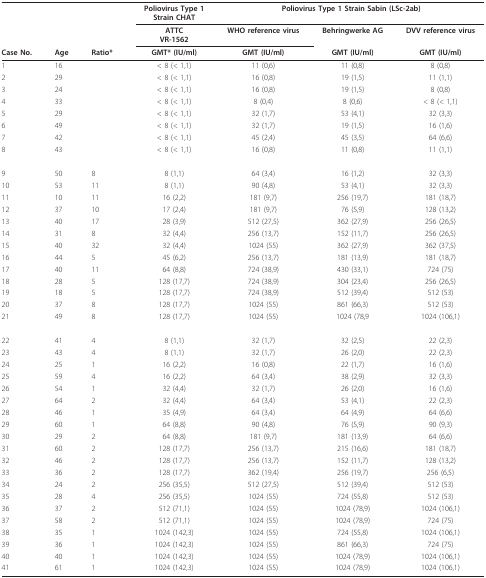
<table><thead><tr><td></td><td></td><td></td><td><b>Poliovirus Type 1Strain CHAT</b></td><td colspan="3"><b>Poliovirus Type 1 Strain Sabin (LSc-2ab)</b></td></tr><tr><td></td><td></td><td></td><td><b>ATTCVR-1562</b></td><td><b>WHO reference virus</b></td><td><b>Behringwerke AG</b></td><td><b>DVV reference virus</b></td></tr><tr><td><b>Case No.</b></td><td><b>Age</b></td><td><b>Ratio*</b></td><td><b>GMT* (IU/ml)</b></td><td><b>GMT (IU/ml)</b></td><td><b>GMT (IU/ml)</b></td><td><b>GMT (IU/ml)</b></td></tr></thead><tbody><tr><td>1</td><td>16</td><td></td><td>&lt; 8 (&lt; 1,1)</td><td>11 (0,6)</td><td>11 (0,8)</td><td>8 (0,8)</td></tr><tr><td>2</td><td>29</td><td></td><td>&lt; 8 (&lt; 1,1)</td><td>16 (0,8)</td><td>19 (1,5)</td><td>11 (1,1)</td></tr><tr><td>3</td><td>24</td><td></td><td>&lt; 8 (&lt; 1,1)</td><td>16 (0,8)</td><td>19 (1,5)</td><td>8 (0,8)</td></tr><tr><td>4</td><td>33</td><td></td><td>&lt; 8 (&lt; 1,1)</td><td>8 (0,4)</td><td>8 (0,6)</td><td>&lt; 8 (&lt; 1,1)</td></tr><tr><td>5</td><td>29</td><td></td><td>&lt; 8 (&lt; 1,1)</td><td>32 (1,7)</td><td>53 (4,1)</td><td>32 (3,3)</td></tr><tr><td>6</td><td>49</td><td></td><td>&lt; 8 (&lt; 1,1)</td><td>32 (1,7)</td><td>19 (1,5)</td><td>16 (1,6)</td></tr><tr><td>7</td><td>42</td><td></td><td>&lt; 8 (&lt; 1,1)</td><td>45 (2,4)</td><td>45 (3,5)</td><td>64 (6,6)</td></tr><tr><td>8</td><td>43</td><td></td><td>&lt; 8 (&lt; 1,1)</td><td>16 (0,8)</td><td>11 (0,8)</td><td>11 (1,1)</td></tr><tr><td>9</td><td>50</td><td>8</td><td>8 (1,1)</td><td>64 (3,4)</td><td>16 (1,2)</td><td>32 (3,3)</td></tr><tr><td>10</td><td>53</td><td>11</td><td>8 (1,1)</td><td>90 (4,8)</td><td>53 (4,1)</td><td>32 (3,3)</td></tr><tr><td>11</td><td>10</td><td>11</td><td>16 (2,2)</td><td>181 (9,7)</td><td>256 (19,7)</td><td>181 (18,7)</td></tr><tr><td>12</td><td>37</td><td>10</td><td>17 (2,4)</td><td>181 (9,7)</td><td>76 (5,9)</td><td>128 (13,2)</td></tr><tr><td>13</td><td>40</td><td>17</td><td>28 (3,9)</td><td>512 (27,5)</td><td>362 (27,9)</td><td>256 (26,5)</td></tr><tr><td>14</td><td>31</td><td>8</td><td>32 (4,4)</td><td>256 (13,7)</td><td>152 (11,7)</td><td>256 (26,5)</td></tr><tr><td>15</td><td>40</td><td>32</td><td>32 (4,4)</td><td>1024 (55)</td><td>362 (27,9)</td><td>362 (37,5)</td></tr><tr><td>16</td><td>44</td><td>5</td><td>45 (6,2)</td><td>256 (13,7)</td><td>181 (13,9)</td><td>181 (18,7)</td></tr><tr><td>17</td><td>40</td><td>11</td><td>64 (8,8)</td><td>724 (38,9)</td><td>430 (33,1)</td><td>724 (75)</td></tr><tr><td>18</td><td>28</td><td>5</td><td>128 (17,7)</td><td>724 (38,9)</td><td>304 (23,4)</td><td>256 (26,5)</td></tr><tr><td>19</td><td>18</td><td>5</td><td>128 (17,7)</td><td>724 (38,9)</td><td>512 (39,4)</td><td>512 (53)</td></tr><tr><td>20</td><td>37</td><td>8</td><td>128 (17,7)</td><td>1024 (55)</td><td>861 (66,3)</td><td>512 (53)</td></tr><tr><td>21</td><td>49</td><td>8</td><td>128 (17,7)</td><td>1024 (55)</td><td>1024 (78,9</td><td>1024 (106,1)</td></tr><tr><td>22</td><td>41</td><td>4</td><td>8 (1,1)</td><td>32 (1,7)</td><td>32 (2,5)</td><td>22 (2,3)</td></tr><tr><td>23</td><td>43</td><td>4</td><td>8 (1,1)</td><td>32 (1,7)</td><td>26 (2,0)</td><td>22 (2,3)</td></tr><tr><td>24</td><td>25</td><td>1</td><td>16 (2,2)</td><td>16 (0,8)</td><td>22 (1,7)</td><td>16 (1,6)</td></tr><tr><td>25</td><td>59</td><td>4</td><td>16 (2,2)</td><td>64 (3,4)</td><td>38 (2,9)</td><td>32 (3,3)</td></tr><tr><td>26</td><td>54</td><td>1</td><td>32 (4,4)</td><td>32 (1,7)</td><td>26 (2,0)</td><td>16 (1,6)</td></tr><tr><td>27</td><td>64</td><td>2</td><td>32 (4,4)</td><td>64 (3,4)</td><td>53 (4,1)</td><td>22 (2,3)</td></tr><tr><td>28</td><td>46</td><td>1</td><td>35 (4,9)</td><td>64 (3,4)</td><td>64 (4,9)</td><td>64 (6,6)</td></tr><tr><td>29</td><td>60</td><td>1</td><td>64 (8,8)</td><td>90 (4,8)</td><td>76 (5,9)</td><td>90 (9,3)</td></tr><tr><td>30</td><td>29</td><td>2</td><td>64 (8,8)</td><td>181 (9,7)</td><td>181 (13,9)</td><td>64 (6,6)</td></tr><tr><td>31</td><td>60</td><td>2</td><td>128 (17,7)</td><td>256 (13,7)</td><td>215 (16,6)</td><td>181 (18,7)</td></tr><tr><td>32</td><td>46</td><td>2</td><td>128 (17,7)</td><td>256 (13,7)</td><td>152 (11,7)</td><td>128 (13,2)</td></tr><tr><td>33</td><td>36</td><td>2</td><td>128 (17,7)</td><td>362 (19,4)</td><td>256 (19,7)</td><td>256 (6,5)</td></tr><tr><td>34</td><td>24</td><td>2</td><td>256 (35,5)</td><td>512 (27,5)</td><td>512 (39,4)</td><td>512 (53)</td></tr><tr><td>35</td><td>28</td><td>4</td><td>256 (35,5)</td><td>1024 (55)</td><td>724 (55,8)</td><td>512 (53)</td></tr><tr><td>36</td><td>37</td><td>2</td><td>512 (71,1)</td><td>1024 (55)</td><td>1024 (78,9)</td><td>1024 (106,1)</td></tr><tr><td>37</td><td>58</td><td>2</td><td>512 (71,1)</td><td>1024 (55)</td><td>1024 (78,9)</td><td>724 (75)</td></tr><tr><td>38</td><td>35</td><td>1</td><td>1024 (142,3)</td><td>1024 (55)</td><td>724 (55,8)</td><td>1024 (106,1)</td></tr><tr><td>39</td><td>36</td><td>1</td><td>1024 (142,3)</td><td>1024 (55)</td><td>861 (66,3)</td><td>724 (75)</td></tr><tr><td>40</td><td>40</td><td>1</td><td>1024 (142,3)</td><td>1024 (55)</td><td>1024 (78,9)</td><td>1024 (106,1)</td></tr><tr><td>41</td><td>61</td><td>1</td><td>1024 (142,3)</td><td>1024 (55)</td><td>1024 (78,9)</td><td>1024 (106,1)</td></tr></tbody></table>